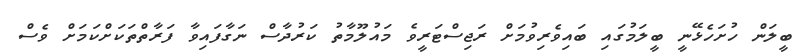
ބީލަން ހުށަހެޅޭނީ ބީލަމުގައި ބައިވެރިވުމަށް ރަޖިސްޓަރީވެ މައުލޫމާތު ކަރުދާސް ނަގާފައިވާ ފަރާތްތަކަށްކަމަށް ވެސް